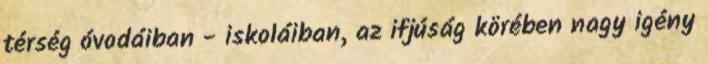
térség óvodáiban - iskoláiban, az ifjúság körében nagy igény